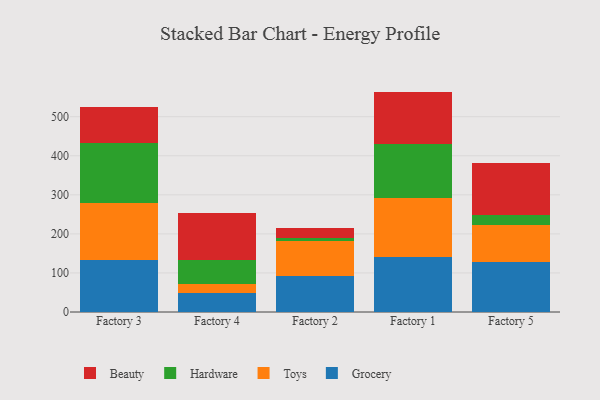
{"axis": {"x": "Factory", "y": "Temperature (°C)"}, "legend": ["Beauty", "Grocery", "Hardware", "Toys"], "data": [{"x": "Factory 3", "y": 133.7, "type": "Grocery"}, {"x": "Factory 3", "y": 144.2, "type": "Toys"}, {"x": "Factory 3", "y": 155.2, "type": "Hardware"}, {"x": "Factory 3", "y": 92.6, "type": "Beauty"}, {"x": "Factory 4", "y": 47.9, "type": "Grocery"}, {"x": "Factory 4", "y": 24.9, "type": "Toys"}, {"x": "Factory 4", "y": 59.4, "type": "Hardware"}, {"x": "Factory 4", "y": 121.5, "type": "Beauty"}, {"x": "Factory 2", "y": 92.1, "type": "Grocery"}, {"x": "Factory 2", "y": 88.6, "type": "Toys"}, {"x": "Factory 2", "y": 7.7, "type": "Hardware"}, {"x": "Factory 2", "y": 26.9, "type": "Beauty"}, {"x": "Factory 1", "y": 141.7, "type": "Grocery"}, {"x": "Factory 1", "y": 149.3, "type": "Toys"}, {"x": "Factory 1", "y": 137.9, "type": "Hardware"}, {"x": "Factory 1", "y": 135.4, "type": "Beauty"}, {"x": "Factory 5", "y": 127.9, "type": "Grocery"}, {"x": "Factory 5", "y": 94.8, "type": "Toys"}, {"x": "Factory 5", "y": 26.4, "type": "Hardware"}, {"x": "Factory 5", "y": 132.9, "type": "Beauty"}]}